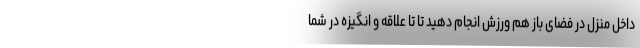
داخل منزل در فضای باز هم ورزش انجام دهید تا تا علاقه و انگیزه در شما